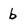
Character: b